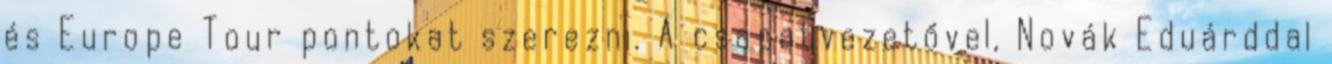
és Europe Tour pontokat szerezni. A csapatvezetővel, Novák Eduárddal